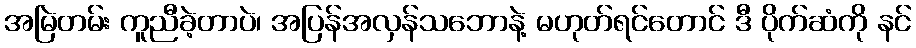
အမြဲတမ်း ကူညီခဲ့တာပဲ၊ အပြန်အလှန်သဘောနဲ့ မဟုတ်ရင်တောင် ဒီ ပိုက်ဆံကို နင်